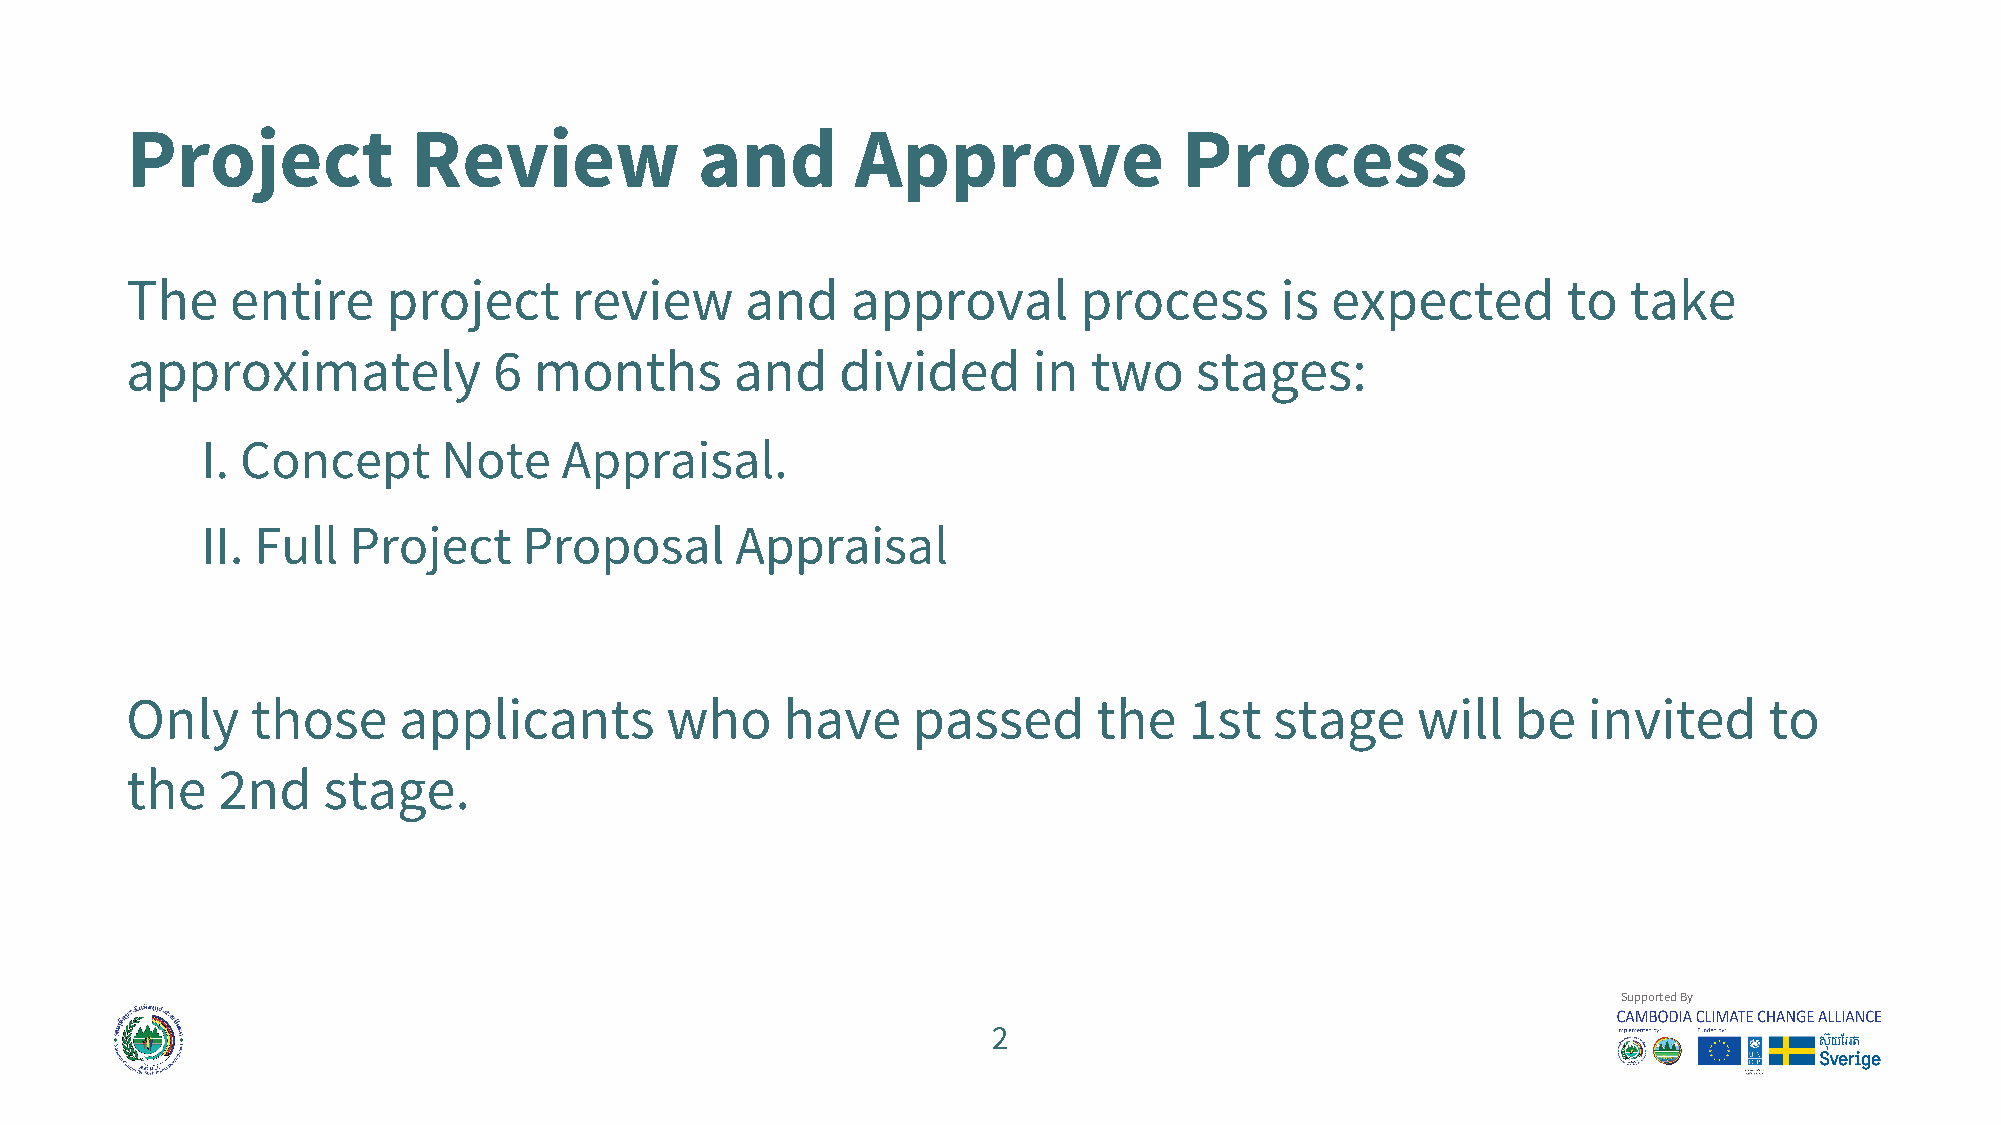
Project            Review             and        Approve              Process
 The    entire     project     review     and    approval       process       is expected        to  take
 approximately            6 months        and    divided     in  two    stages:
 I. Concept      Note    Appraisal.
 II. Full  Project     Proposal      Appraisal
 Only     those    applicants        who     have    passed       the   1st  stage     will  be   invited     to
 the   2nd    stage.
 SSuuppppoorrtteedd BByy
 2